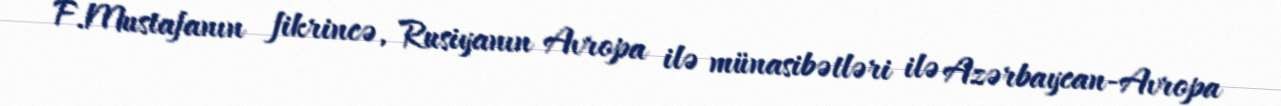
F.Mustafanın fikrincə, Rusiyanın Avropa ilə münasibətləri ilə Azərbaycan-Avropa